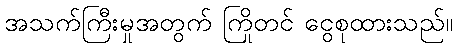
အသက်ကြီးမှုအတွက် ကြိုတင် ငွေစုထားသည်။